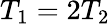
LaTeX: T_{1}=2T_{2}